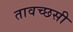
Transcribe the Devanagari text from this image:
तावच्छसी